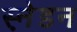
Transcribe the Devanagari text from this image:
स्ने़डन